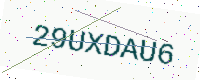
Text: 29UXDAU6